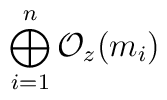
\bigoplus_{i=1}^{n} {\cal O}_{z}(m_i)